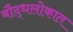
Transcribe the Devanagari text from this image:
बौद्धलोकात